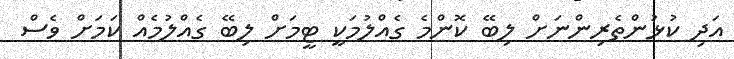
އަދި ކުޅުންތެރިންނަށް ލިބޭ ކޮންމެ ގެއްލުމަކީ ޓީމަށް ލިބޭ ގެއްލުމެއް ކަމަށް ވެސް